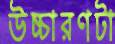
উচ্চারণটা